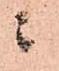
ニ